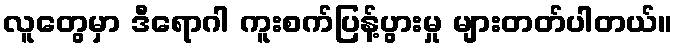
လူတွေမှာ ဒီရောဂါ ကူးစက်ပြန့်ပွားမှု များတတ်ပါတယ်။